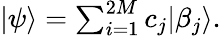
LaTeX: \begin{array}{r}{|\psi\rangle=\sum_{i=1}^{2M}c_{j}|\beta_{j}\rangle.}\end{array}